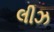
લીઝ